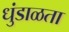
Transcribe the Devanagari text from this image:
धुंडाळता